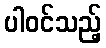
ပါဝင်သည့်